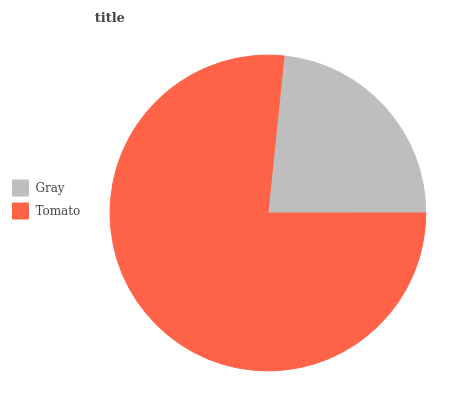
| Gray | Tomato |
 | --- | --- |
 | 23.4% | 76.6% |